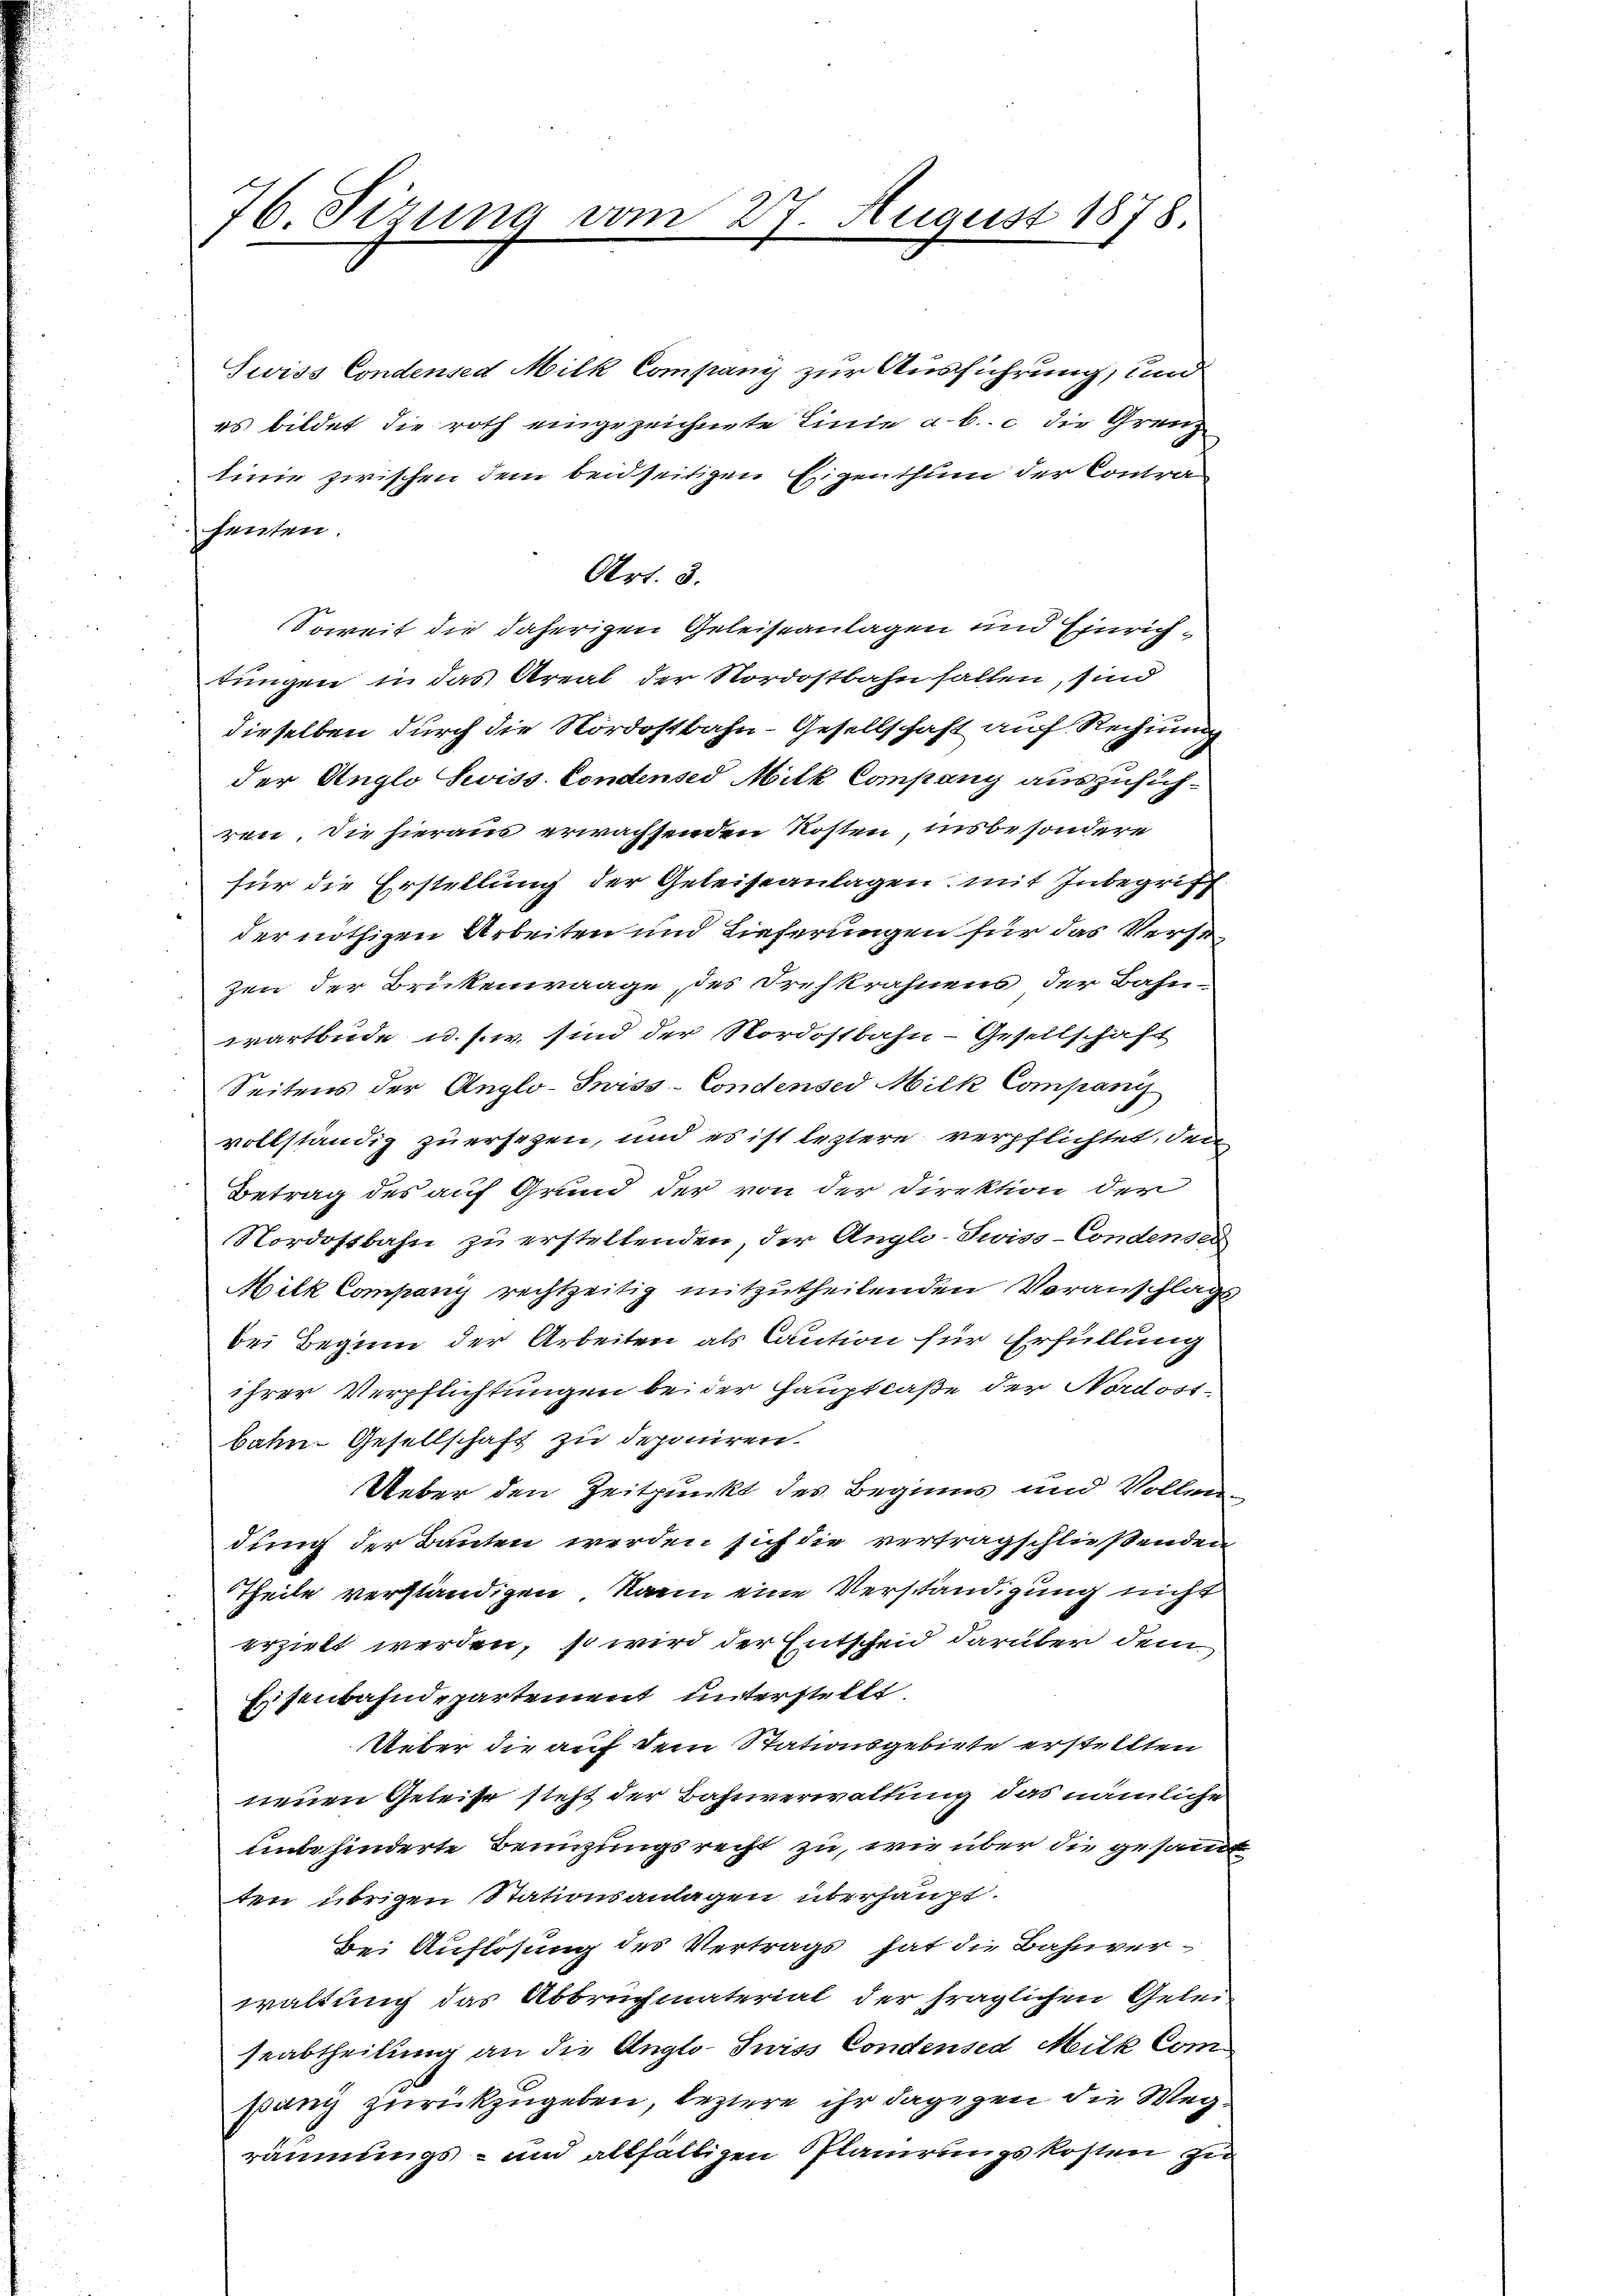
76 Sizung vom 27. August 1878.

Swiss Condensed Milk Company zur Ausführung, und
es bildet die roth eingezeichnete Linie a. b. c. die Grenz
linie zwischen dem beidseitigen Eigenthum der Contraschenten.
Art. 3.
Soweit die daherigen Geleiseanlagen und Einrichtungen in das Areal der Nordostbahnfallen, sind
dieselben durch die Nordostbahn-Gesellschaft auf Rechnung
der Auglo Swiss Condenses Mitk Company auszusichren. Die hieraus erwachsenden Kosten, unbesondere
für die Erstellung der Geleiseanlagen mit Inbegriff
der nöthigen Arbeiten und Lieferungen für das Verse
zen der Brükenwaage, des Drehkrahnens der Bahn-
wartbude u. s. w. sind der Nordostbahn - Gesellschaft
Seitens der Anglo-Swiss- Condensed Milk Compani
vollständig zu ersezen, und es ist leztere verpflichtet, den
Betrag des auf Grund der von der Direktion der
Nordostbahn zu erstellenden, der Anglo-Swiss- Condenses
Milk Company rechtzeitig mitzutheilenden Veranschlags
bei Beginn der Arbeiten als Caution für Erfüllung
ihrer Verpflichtungen bei der Hauptcaße der Nordostbahn. Gesellschaft zu deponiren.
Ueber den Zeitpunkt des Beginns und Vollendung der Bauten werden sich die vertragschließenden
Theile verständigen kann eine Verständigung nicht
u
erzielt werden, so wird der Entscheid darüber dem
Eisenbahndepartement unterstellt
Ueber die auf dem Stationsgebiete erstellten
neuen Geleise steht der Bahnverwaltung, das nämliche
unde hinderte Benuzungsrecht zu, wie über die gesamt
ten übrigen Stationsanlagen überhaupt.
Bei Auflösung des Vertrags hat die Bahnverwaltung das Abbruchmaterial der fraglichen Geleiseabtheilung an die Anglo- Juriss Condensed Milk Companz zurückzugeben, leztere ihr dagegen die Wegräumungs- und allfälligen Planirungskosten zu